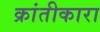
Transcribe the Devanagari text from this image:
क्रांतीकारा